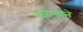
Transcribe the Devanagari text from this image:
जिन्याने